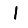
Digit: 1